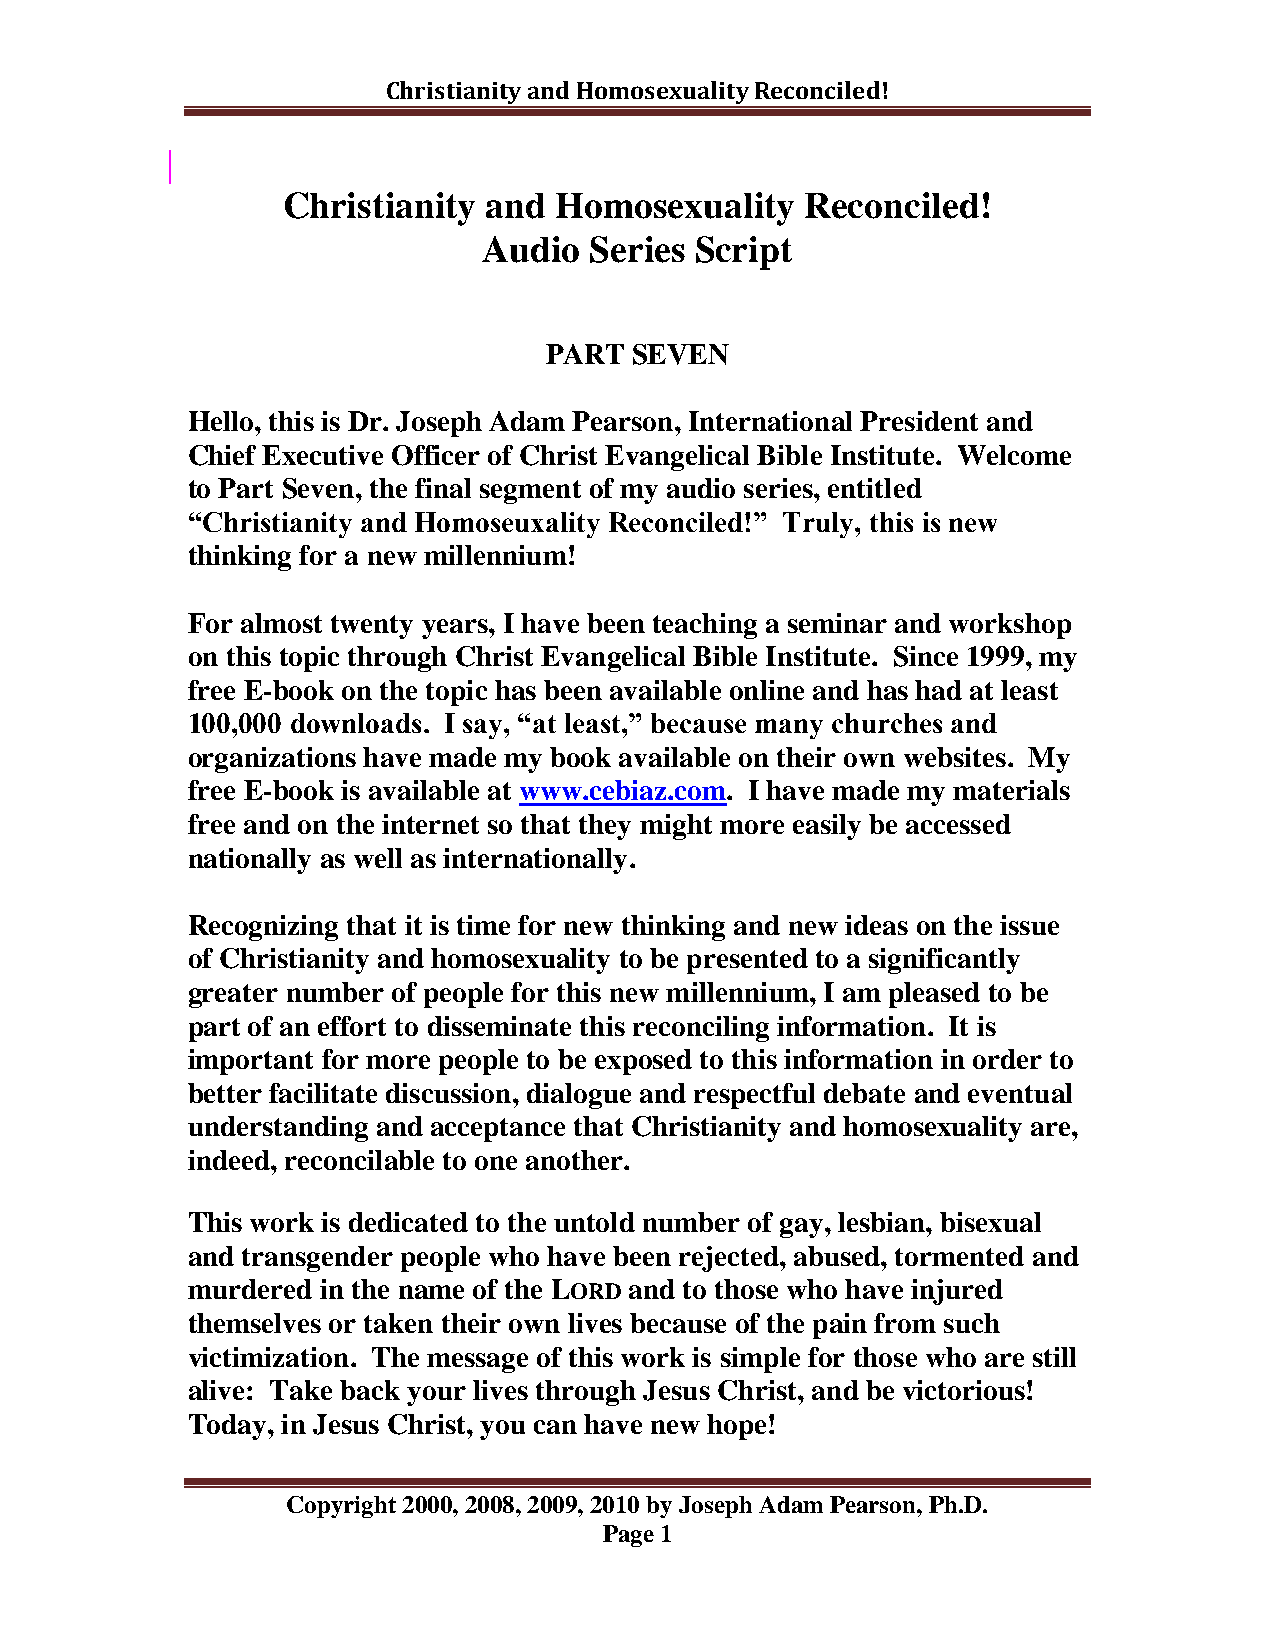
Christianity and Homosexuality Reconciled!
 Christianity and  Homosexuality   Reconciled!
 Audio  Series Script
 PART  SEVEN
 Hello, this is Dr. Joseph Adam Pearson, International President and
 Chief Executive Officer of Christ Evangelical Bible Institute. Welcome
 to Part Seven, the final segment of my audio series, entitled
 “Christianity and Homoseuxality Reconciled!” Truly, this is new
 thinking for a new millennium!
 For almost twenty years, I have been teaching a seminar and workshop
 on this topic through Christ Evangelical Bible Institute. Since 1999, my
 free E-book on the topic has been available online and has had at least
 100,000 downloads. I say, “at least,” because many churches and
 organizations have made my book available on their own websites. My
 free E-book is available at www.cebiaz.com. I have made my materials
 free and on the internet so that they might more easily be accessed
 nationally as well as internationally.
 Recognizing that it is time for new thinking and new ideas on the issue
 of Christianity and homosexuality to be presented to a significantly
 greater number of people for this new millennium, I am pleased to be
 part of an effort to disseminate this reconciling information. It is
 important for more people to be exposed to this information in order to
 better facilitate discussion, dialogue and respectful debate and eventual
 understanding and acceptance that Christianity and homosexuality are,
 indeed, reconcilable to one another.
 This work is dedicated to the untold number of gay, lesbian, bisexual
 and transgender people who have been rejected, abused, tormented and
 murdered in the name of the LORD and to those who have injured
 themselves or taken their own lives because of the pain from such
 victimization. The message of this work is simple for those who are still
 alive: Take back your lives through Jesus Christ, and be victorious!
 Today, in Jesus Christ, you can have new hope!
 Copyright 2000, 2008, 2009, 2010 by Joseph Adam Pearson, Ph.D.
 Page 1